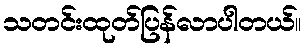
သတင်းထုတ်ပြန်လာပါတယ်။